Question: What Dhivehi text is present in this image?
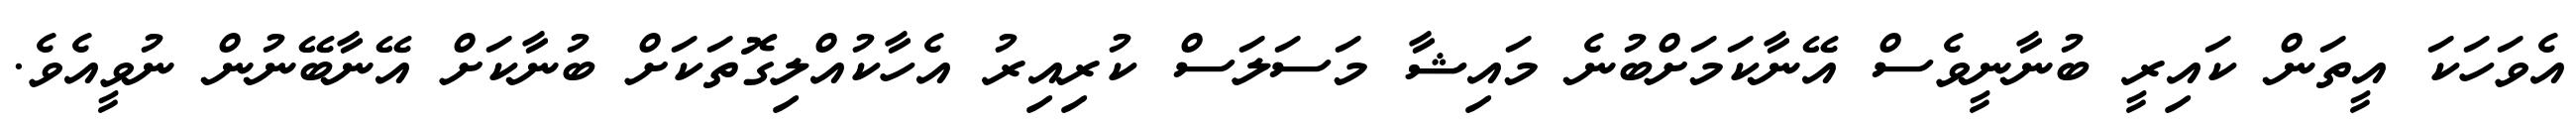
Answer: އެވަހަކަ އީތަން ކައިރީ ބުނާނީވެސް އޭނާކަމަށްބުނެ މައިޝާ މަސަލަސް ކުރިއިރު އެހާކުއްލިގޮތަކަށް ބުނާކަށް އޭނާބޭނުން ނުވީއެވެ.